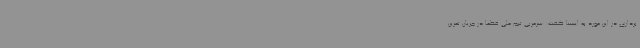
برداری در این مورد به ایسنا گفت: سرمربی تیم ملی قطعا در جریان تمرین